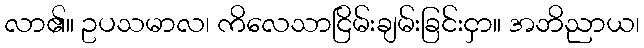
လာ၏။ ဥပသမာလ၊ ကိလေသာငြိမ်းချမ်းခြင်းငှာ။ အဘိညာယ၊